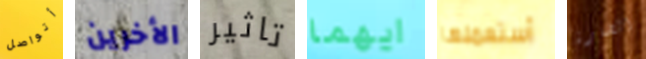
أتواصل الأخرين تاثير ايهما أستعملها الضارة